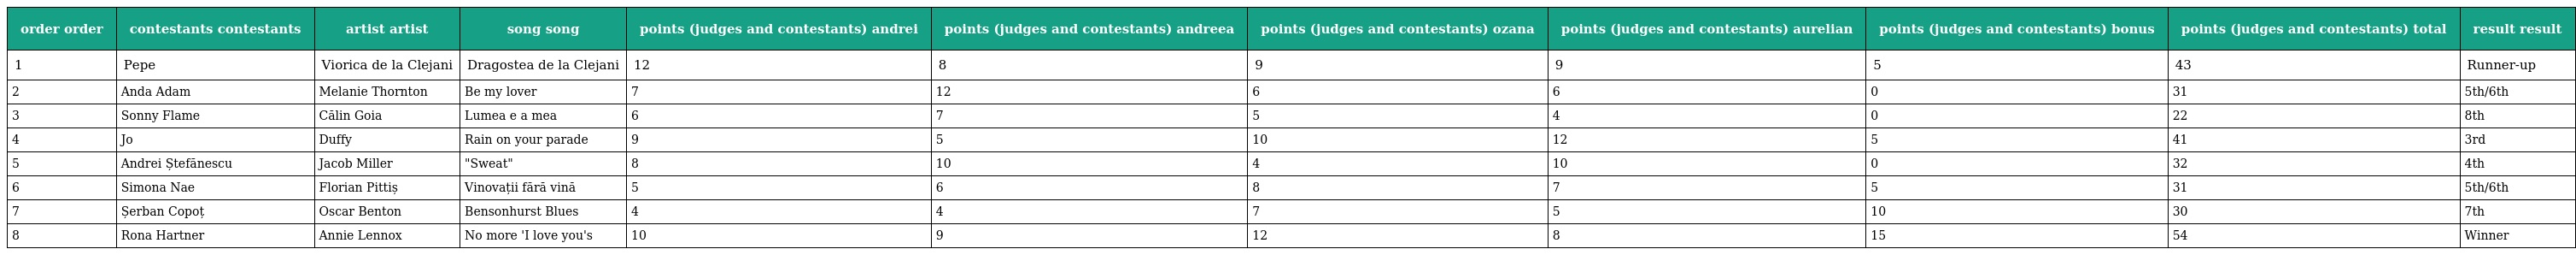
| order order | contestants contestants | artist artist | song song | points (judges and contestants) andrei | points (judges and contestants) andreea | points (judges and contestants) ozana | points (judges and contestants) aurelian | points (judges and contestants) bonus | points (judges and contestants) total | result result |
 | --- | --- | --- | --- | --- | --- | --- | --- | --- | --- | --- |
 | 1 | Pepe | Viorica de la Clejani | Dragostea de la Clejani | 12 | 8 | 9 | 9 | 5 | 43 | Runner-up |
 | 2 | Anda Adam | Melanie Thornton | Be my lover | 7 | 12 | 6 | 6 | 0 | 31 | 5th/6th |
 | 3 | Sonny Flame | Călin Goia | Lumea e a mea | 6 | 7 | 5 | 4 | 0 | 22 | 8th |
 | 4 | Jo | Duffy | Rain on your parade | 9 | 5 | 10 | 12 | 5 | 41 | 3rd |
 | 5 | Andrei Ștefănescu | Jacob Miller | "Sweat" | 8 | 10 | 4 | 10 | 0 | 32 | 4th |
 | 6 | Simona Nae | Florian Pittiș | Vinovații fără vină | 5 | 6 | 8 | 7 | 5 | 31 | 5th/6th |
 | 7 | Șerban Copoț | Oscar Benton | Bensonhurst Blues | 4 | 4 | 7 | 5 | 10 | 30 | 7th |
 | 8 | Rona Hartner | Annie Lennox | No more 'I love you's | 10 | 9 | 12 | 8 | 15 | 54 | Winner |